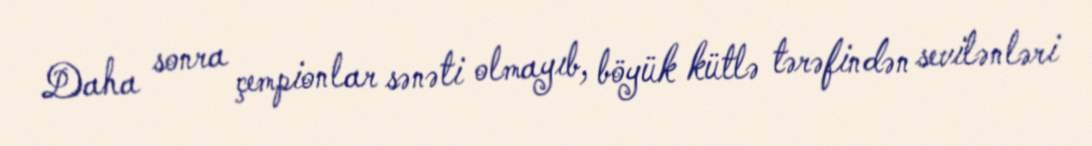
Daha sonra çempionlar sənəti olmayıb, böyük kütlə tərəfindən sevilənləri